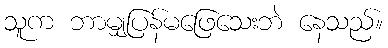
သူက ဘာမျှပြန်မဖြေသေးဘဲ နေသည်။